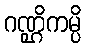
ဂဏ္ဌိကမ္ပိ